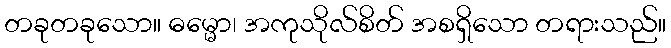
တခုတခုသော။ ဓမ္မော၊ အကုသိုလ်စိတ် အစရှိသော တရားသည်။